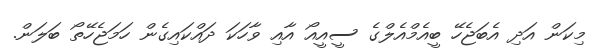
މިކަން އަދި އެބަޖެހޭ ބީއެމްއެލްގެ ސީއީއޯ އާއި ވާހަކަ ދައްކައިގެން ހަމަޖެހޭތޯ ބަލަން.